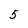
Character: 5